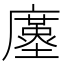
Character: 𢋓